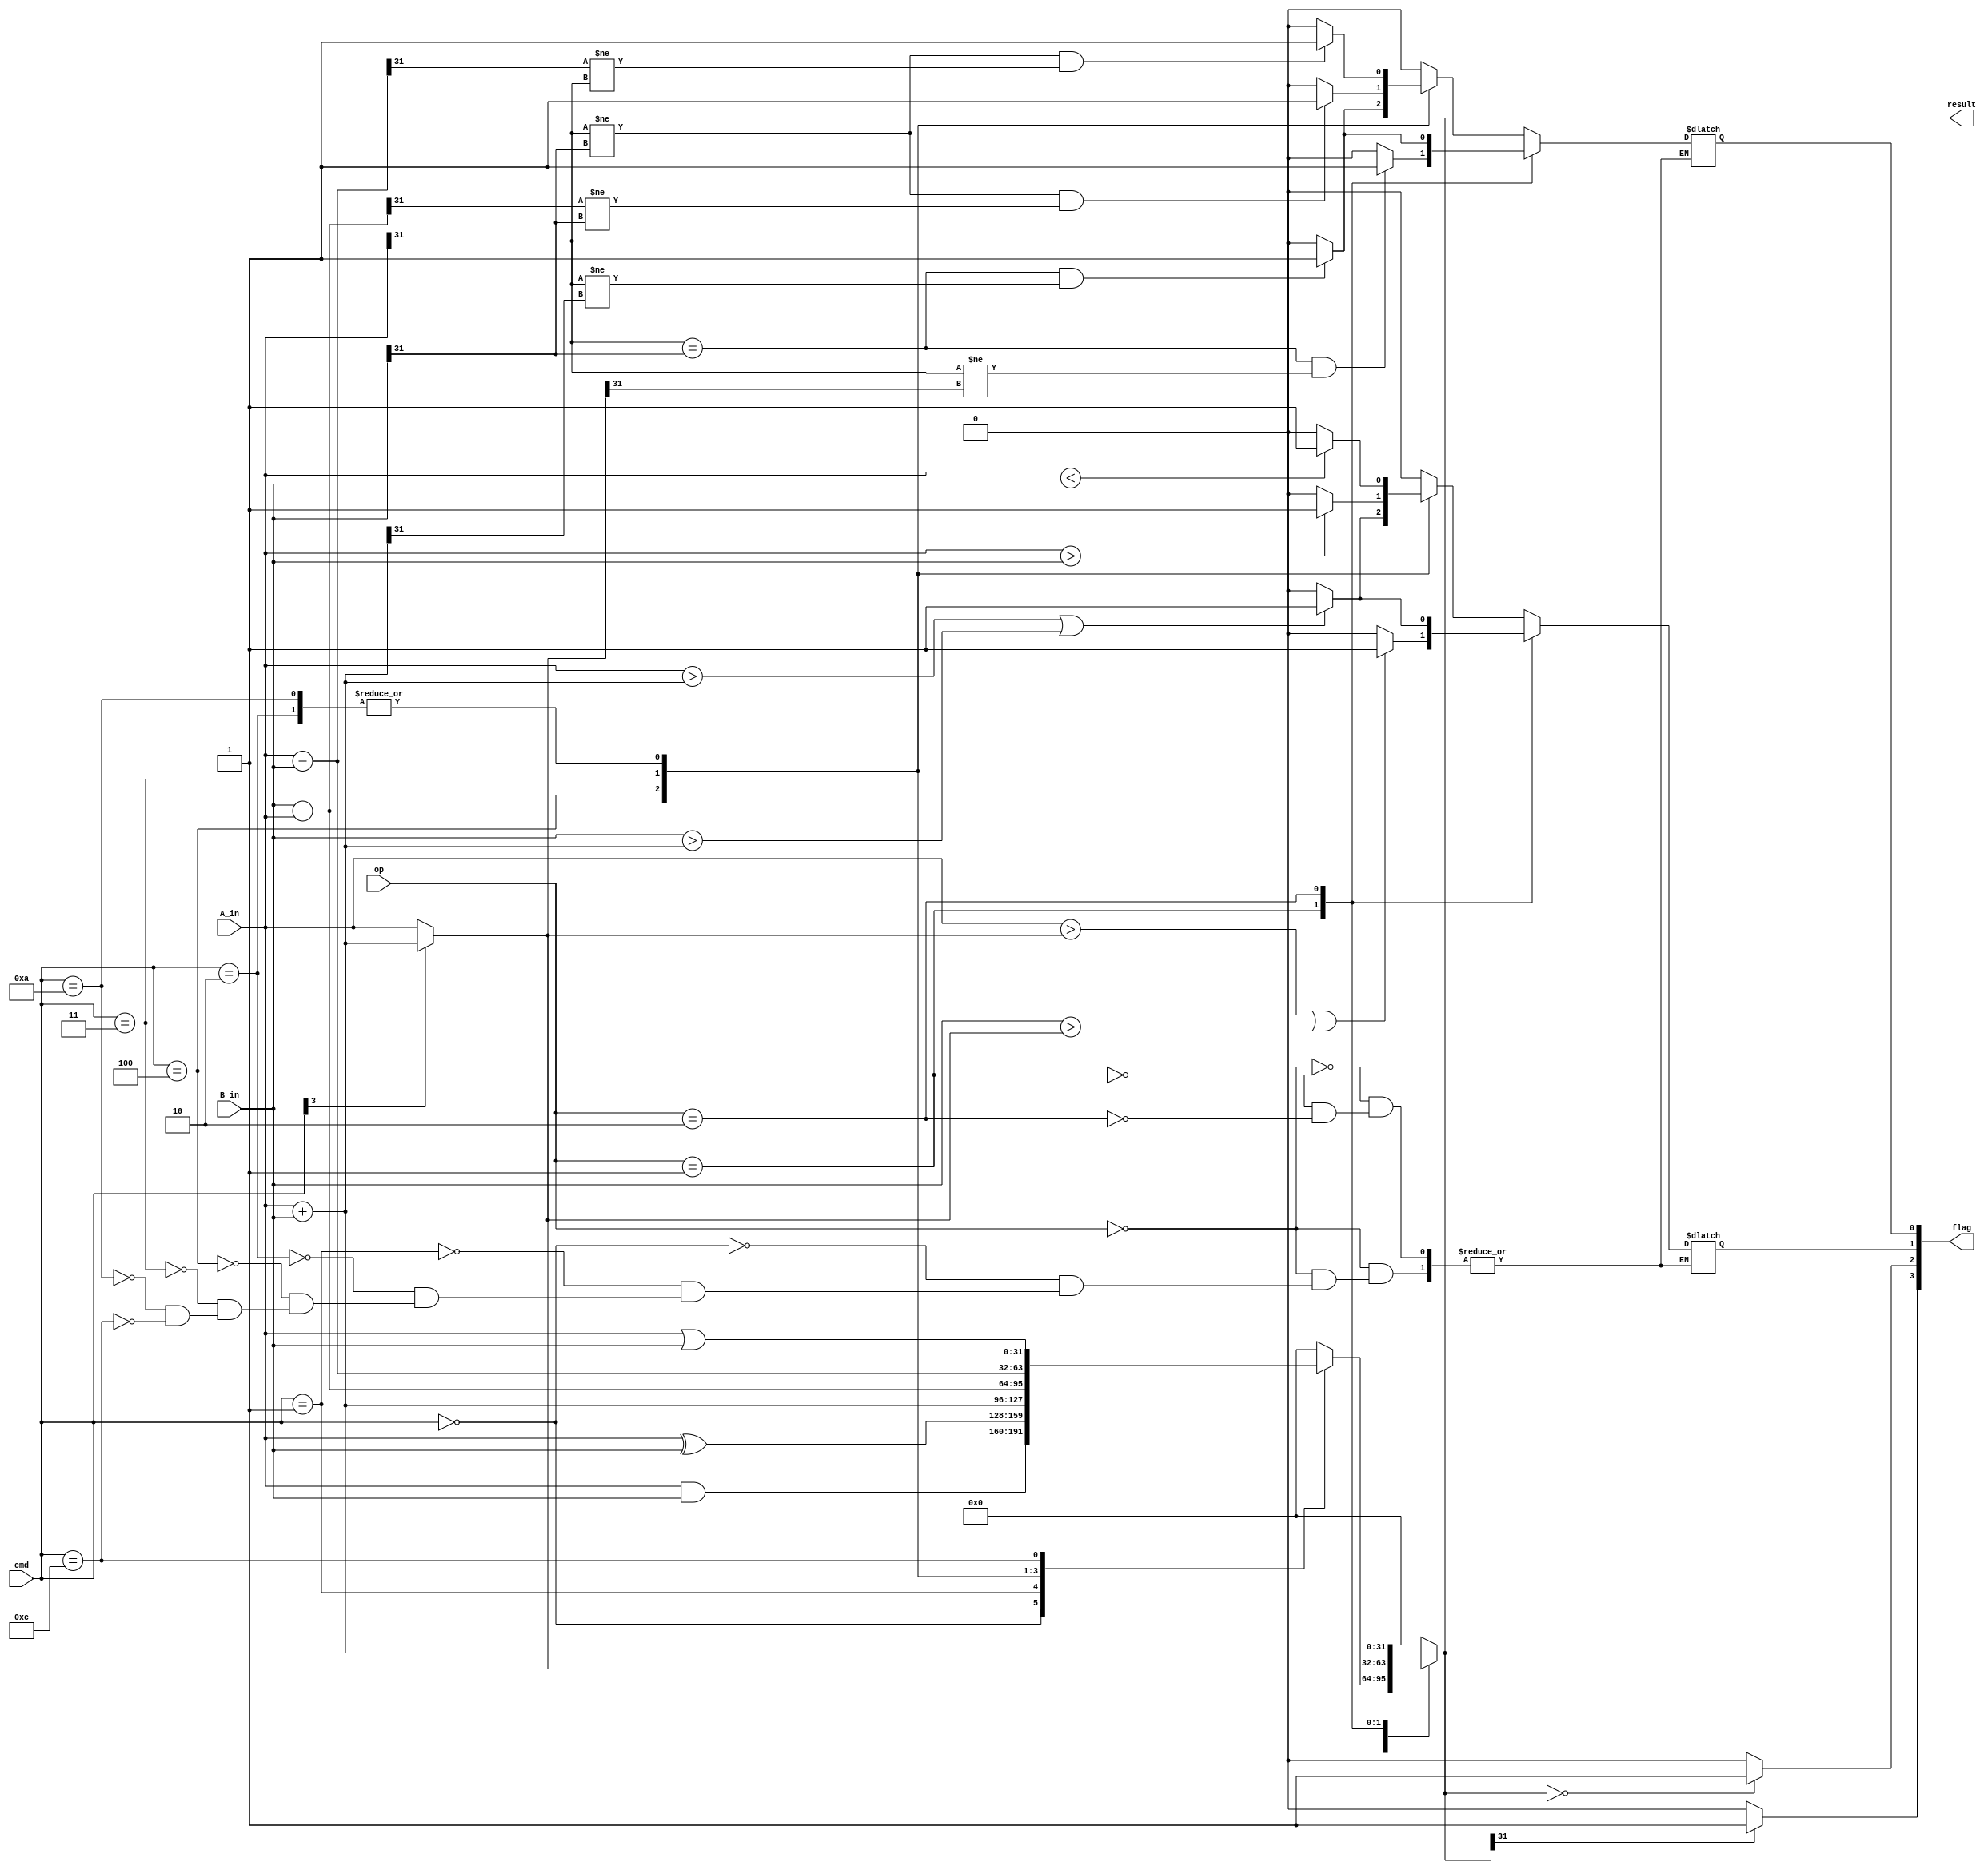
`timescale 1ns / 1ps

module lab7uta( 
	input[31:0] A_in, B_in,
	input [5:0] cmd,
	input [1:0] op,
	output reg[31:0] result=0,
	output  [3:0] flag  //flags for zero, negative, carry and overflow
    );
	 	 reg[1:0] carry_ovf;
	 always @(*)
	 begin
	 case (op)
	 0: begin //data
		case(cmd)//AND, XOR, ORR, SUB, RSB, ADD, CMP
		0: begin //and 
			result=A_in&B_in;	
			carry_ovf=0;
			end
		1: begin //xor
			result=A_in^B_in;
			carry_ovf=0;
			end
		2: begin //sub
			result=A_in-B_in;
			if(A_in<B_in)
			carry_ovf[1]=1; //generating carry
			else
			carry_ovf[1]=0;
			if(A_in[31]!=B_in[31]&&result[31] !=A_in[31])
			carry_ovf[0]=1; //generating overflow
			else
			carry_ovf[0]=0; 
			end
		4: begin //add
			result=A_in+B_in;
			if((A_in>result)||(B_in>result))
			carry_ovf[1]=1;  //for unsigned
			else
			carry_ovf[1]=0;
			if(A_in[31]==B_in[31] &&A_in[31]!=result[31])
			carry_ovf[0]=1;
			else
			carry_ovf[0]=0; //for signed
			end
			
		3: begin //rsb
			result=B_in-A_in;
			if(A_in>B_in)
			carry_ovf[1]=1;
			else
			carry_ovf[1]=0;
			if(A_in[31]!=B_in[31]&&result[31] !=B_in[31])
			carry_ovf[0]=1;
			else
			carry_ovf[0]=0;
			end
		
		10:begin //cmp
			result=A_in-B_in;
			if(A_in<B_in)
			carry_ovf[1]=1;
			else
			carry_ovf[1]=0;
			if(A_in[31]!=B_in[31]&&result[31] !=A_in[31])
			carry_ovf[0]=1;
			else
			carry_ovf[0]=0;
			
		   end	
		12:begin //orr
			result=A_in|B_in;
			carry_ovf=0;			
			end 
 	default: begin result=0;
							end 
		endcase
		end
	 1: begin //memory
			if(cmd[3]==1)
				result=A_in+B_in;//Bis anoffset, A is a base adress
			else
				result=A_in;
		 if((A_in>result)||(B_in>result))
			carry_ovf[1]=1;  //for unsigned
			else
			carry_ovf[1]=0;
			if(A_in[31]==B_in[31] &&A_in[31]!=result[31])
			carry_ovf[0]=1;
			else
			carry_ovf[0]=0; //for signed
		 end
	 2: begin //branch
		 result=A_in+B_in; //A next instruction, B how many steps to jump over
		 if((A_in>result)||(B_in>result))
			carry_ovf[1]=1;  //carry when unsigned
			else
			carry_ovf[1]=0; 
			if(A_in[31]==B_in[31] &&A_in[31]!=result[31])
			carry_ovf[0]=1;
			else
			carry_ovf[0]=0; //overflow when signed
		 end 
	 default: begin result=0;
				end  
	endcase
	end 
	
	assign  flag[1:0] = carry_ovf;
	assign  flag[2]= (result==0) ? 1:0;
	assign  flag[3]= (result[31]==1) ? 1:0;
	 
	

endmodule